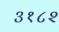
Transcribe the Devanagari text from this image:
३१८२